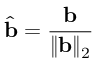
\hat { \mathbf { b } } = \frac { \mathbf { b } } { \| \mathbf { b } \| _ { 2 } }